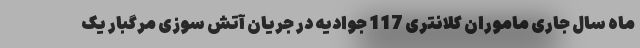
ماه سال جاری ماموران کلانتری 117 جوادیه در جریان آتش سوزی مرگبار یک